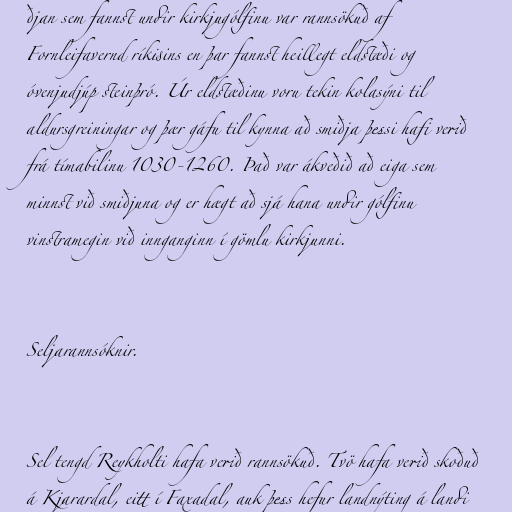
ðjan sem fannst undir kirkjugólfinu var rannsökuð af
Fornleifavernd ríkisins en þar fannst heillegt eldstæði og
óvenjudjúp steinþró. Úr eldstæðinu voru tekin kolasýni til
aldursgreiningar og þær gáfu til kynna að smiðja þessi hafi verið
frá tímabilinu 1030-1260. Það var ákveðið að eiga sem
minnst við smiðjuna og er hægt að sjá hana undir gólfinu
vinstramegin við innganginn í gömlu kirkjunni.

Seljarannsóknir.

Sel tengd Reykholti hafa verið rannsökuð. Tvö hafa verið skoðuð
á Kjarardal, eitt í Faxadal, auk þess hefur landnýting á landi